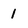
Character: 1